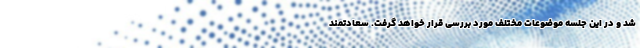
شد و در این جلسه موضوعات مختلف مورد بررسی قرار خواهد گرفت. سعادتمند